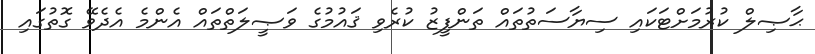
ޙާޞިލް ކުރުމަށްޓަކައި ސިޔާސަތުތައް ތަންފީޒު ކުރެވި ޤައުމުގެ ވަޞީލަތްތައް އެންމެ އެދެވޭ ގޮތުގައި